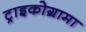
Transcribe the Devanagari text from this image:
ट्राइकोग्रामा